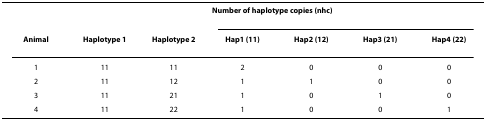
|  |  |  | <COLSPAN=4> Number of haplotype copies (nhc) |
 | Animal | Haplotype 1 | Haplotype 2 | Hap1 (11) | Hap2 (12) | Hap3 (21) | Hap4 (22) |
 | --- | --- | --- | --- | --- | --- | --- |
 | 1 | 11 | 11 | 2 | 0 | 0 | 0 |
 | 2 | 11 | 12 | 1 | 1 | 0 | 0 |
 | 3 | 11 | 21 | 1 | 0 | 1 | 0 |
 | 4 | 11 | 22 | 1 | 0 | 0 | 1 |